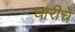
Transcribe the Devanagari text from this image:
घारीचे